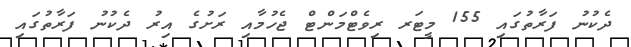
ދެކުނު ފަރާތުގައި 155 މީޓަރ ރިވެޓްމަންޓް ޖެހުމާއި ރަށުގެ އިރު ދެކުނު ފަރާތުގައި